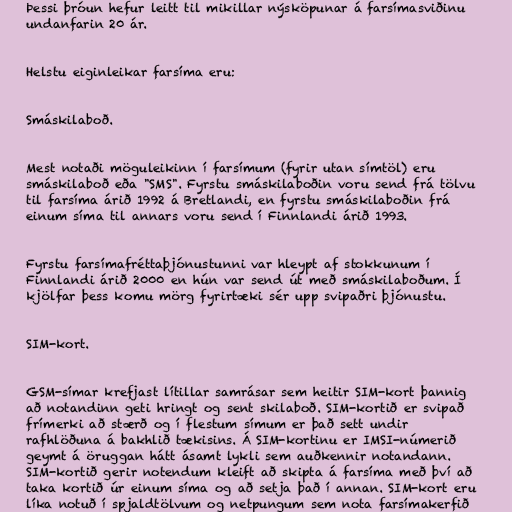
Þessi þróun hefur leitt til mikillar nýsköpunar á farsímasviðinu
undanfarin 20 ár.

Helstu eiginleikar farsíma eru:

Smáskilaboð.

Mest notaði möguleikinn í farsímum (fyrir utan símtöl) eru
smáskilaboð eða "SMS". Fyrstu smáskilaboðin voru send frá tölvu
til farsíma árið 1992 á Bretlandi, en fyrstu smáskilaboðin frá
einum síma til annars voru send í Finnlandi árið 1993.

Fyrstu farsímafréttaþjónustunni var hleypt af stokkunum í
Finnlandi árið 2000 en hún var send út með smáskilaboðum. Í
kjölfar þess komu mörg fyrirtæki sér upp svipaðri þjónustu.

SIM-kort.

GSM-símar krefjast lítillar samrásar sem heitir SIM-kort þannig
að notandinn geti hringt og sent skilaboð. SIM-kortið er svipað
frímerki að stærð og í flestum símum er það sett undir
rafhlöðuna á bakhlið tækisins. Á SIM-kortinu er IMSI-númerið
geymt á öruggan hátt ásamt lykli sem auðkennir notandann.
SIM-kortið gerir notendum kleift að skipta á farsíma með því að
taka kortið úr einum síma og að setja það í annan. SIM-kort eru
líka notuð í spjaldtölvum og netpungum sem nota farsímakerfið